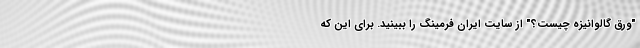
"ورق گالوانیزه چیست؟" از سایتِ ایران فرمینگ را ببینید. برایِ این که